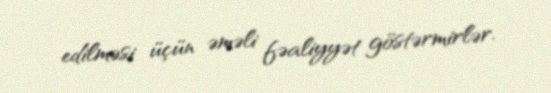
edilməsi üçün əməli fəaliyyət göstərmirlər.